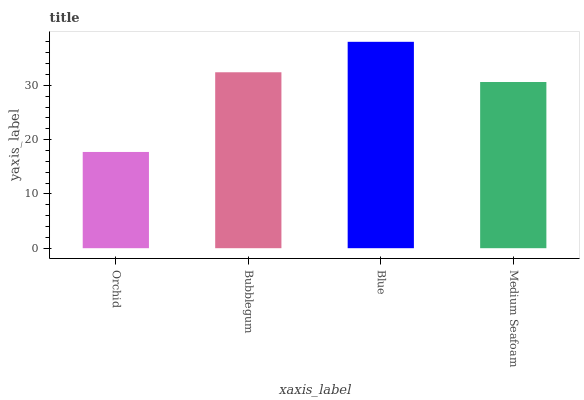
| xaxis_label | bars |
 | --- | --- |
 | Orchid | 17.7 |
 | Bubblegum | 32.4 |
 | Blue | 38 |
 | Medium Seafoam | 30.6 |